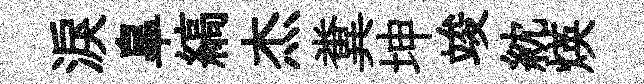
淚臯縞杰糞坤竣紞煐